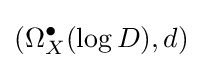
(\Omega _{X}^{\bullet }(\log D),d)